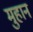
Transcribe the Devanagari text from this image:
मुहान